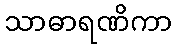
သာဓာရဏိကာ